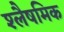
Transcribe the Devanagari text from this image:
श्लैषमिक